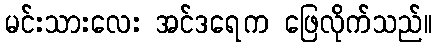
မင်းသားလေး အင်ဒရေက ဖြေလိုက်သည်။